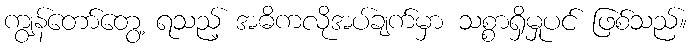
ကျွန်တော်တွေ့ ရသည့် အဓိကလိုအပ်ချက်မှာ သစ္စာရှိမှုပင် ဖြစ်သည်။